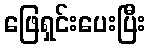
ဖြေရှင်းပေးပြီး